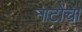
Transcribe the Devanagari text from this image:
नाटोचा